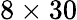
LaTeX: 8\times 30